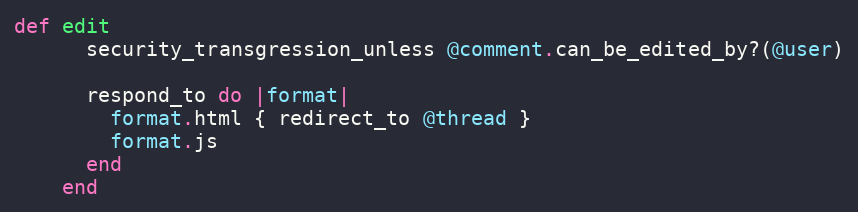
Language: Ruby
def edit
      security_transgression_unless @comment.can_be_edited_by?(@user)

      respond_to do |format|
        format.html { redirect_to @thread }
        format.js
      end
    end